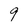
Character: 9